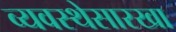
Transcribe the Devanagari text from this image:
व्यवस्थेसारखा